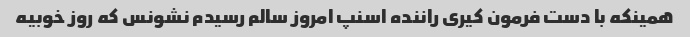
همینکه با دست فرمون کیری راننده اسنپ امروز سالم رسیدم نشونس که روز خوبیه